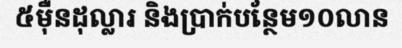
៥ម៉ឺនដុល្លារ និងប្រាក់បន្ថែម១០លាន